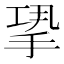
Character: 𢭤